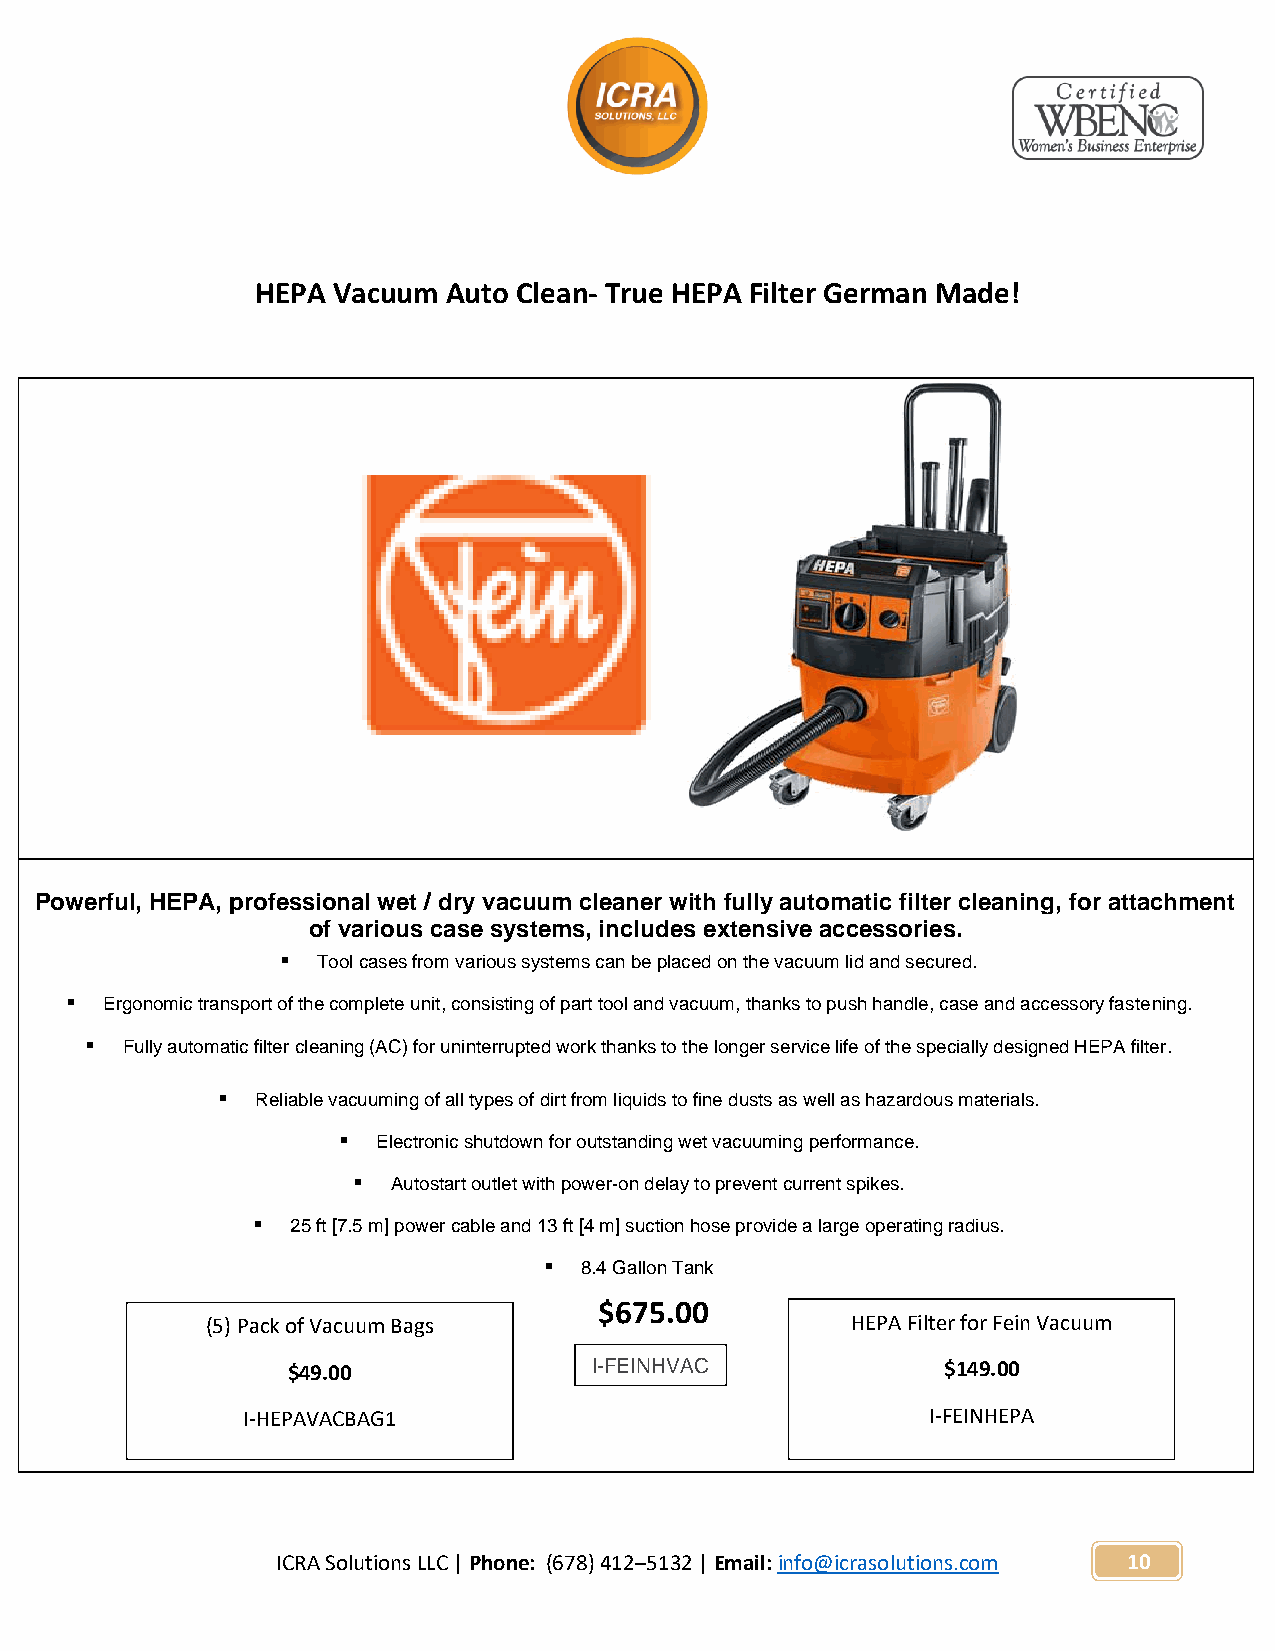
HEPA Vacuum  Auto Clean- True HEPA Filter German Made!
 Powerful, HEPA, professional wet / dry vacuum cleaner with fully automatic filter cleaning, for attachment
 of various case systems, includes extensive accessories.
 ▪ Tool cases from various systems can be placed on the vacuum lid and secured.
 ▪  Ergonomic transport of the complete unit, consisting of part tool and vacuum, thanks to push handle, case and accessory fastening.
 ▪ Fully automatic filter cleaning (AC) for uninterrupted work thanks to the longer service life of the specially designed HEPA filter.
 ▪  Reliable vacuuming of all types of dirt from liquids to fine dusts as well as hazardous materials.
 ▪  Electronic shutdown for outstanding wet vacuuming performance.
 ▪  Autostart outlet with power-on delay to prevent current spikes.
 ▪ 25 ft [7.5 m] power cable and 13 ft [4 m] suction hose provide a large operating radius.
 ▪ 8.4 Gallon Tank
 $675.00
 (5) Pack of Vacuum Bags                   HEPA Filter for Fein Vacuum
 $ 49.00             I-FEINHVAC             $149.00
 I-HEPAVACBAG1                                I-FEINHEPA
 ICRA Solutions LLC | Phone: (678) 412–5132 | Email: info@icrasolutions.com 10